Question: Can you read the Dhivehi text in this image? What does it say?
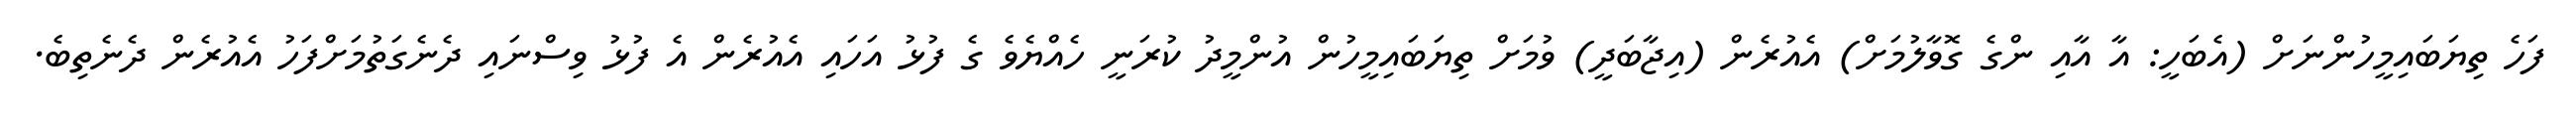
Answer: ފަހެ ތިޔަބައިމީހުންނަށް (އެބަހީ: އާ އާއި ންގެ ގޮވާލުމަށް) އެއުރެން (އިޖާބަދީ) ވުމަށް ތިޔަބައިމީހުން އުންމީދު ކުރަނީ ހެއްޔެވެ ގެ ފުޅު އަހައި އެއުރެން އެ ފުޅު ވިސްނައި ދެނެގަތުމަށްފަހު އެއުރެން ދެނެތިބެ.